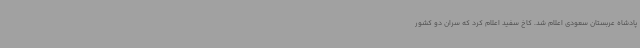
پادشاه عربستان سعودی اعلام شد. کاخ سفید اعلام کرد که سران دو کشور